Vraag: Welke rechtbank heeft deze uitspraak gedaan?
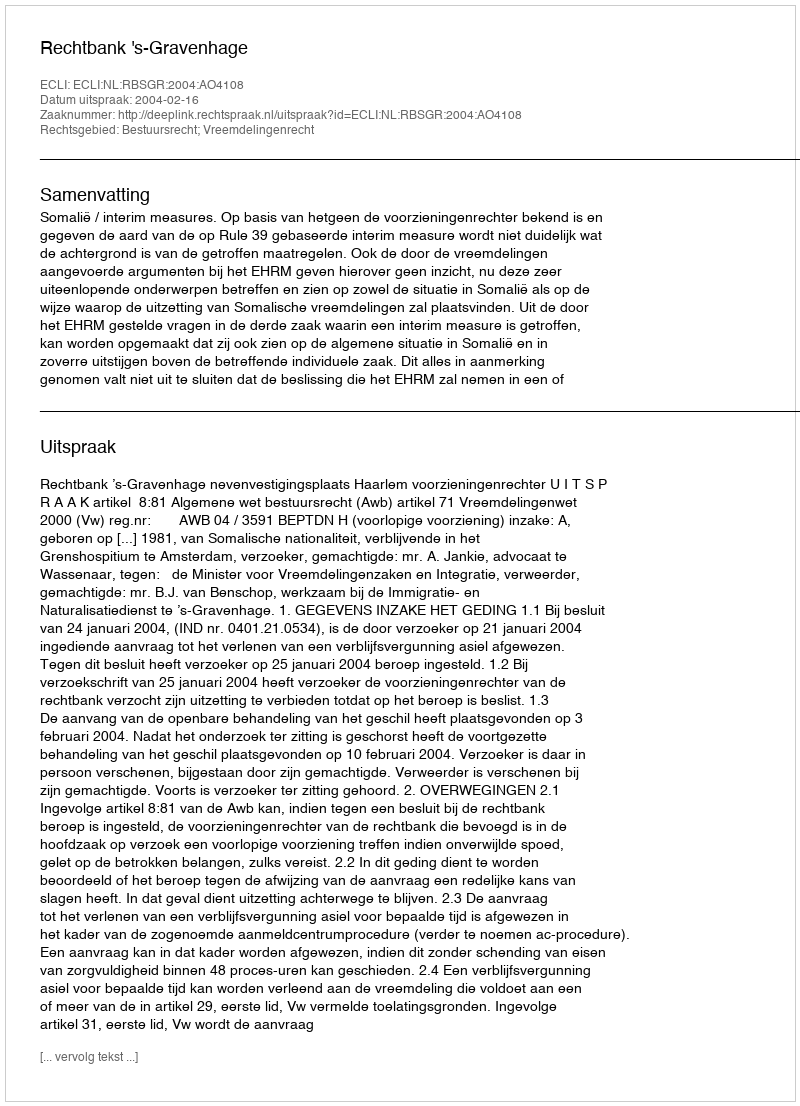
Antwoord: Rechtbank 's-Gravenhage